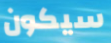
سيكون